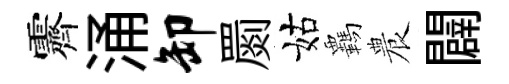
霽涌卸罽姑覊農闢